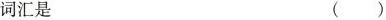
词汇是 ()